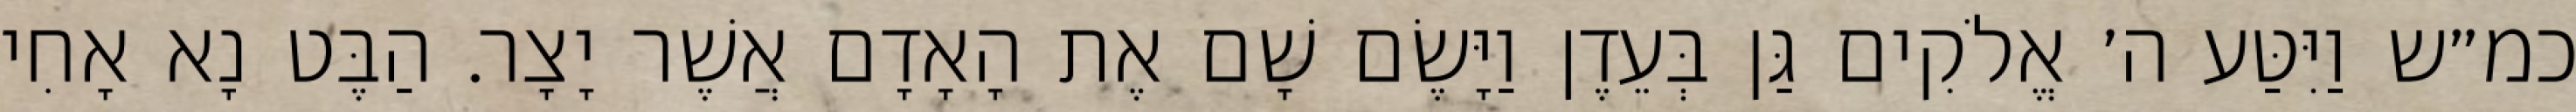
כמ״ש וַיִּטַּע ה׳ אֱלֹקִים גַּן בְּעֵדֶן וַיָּשֶׂם שָׁם אֶת הָאָדָם אֲשֶׁר יָצָר. הַבֶּט נָא אָחִי